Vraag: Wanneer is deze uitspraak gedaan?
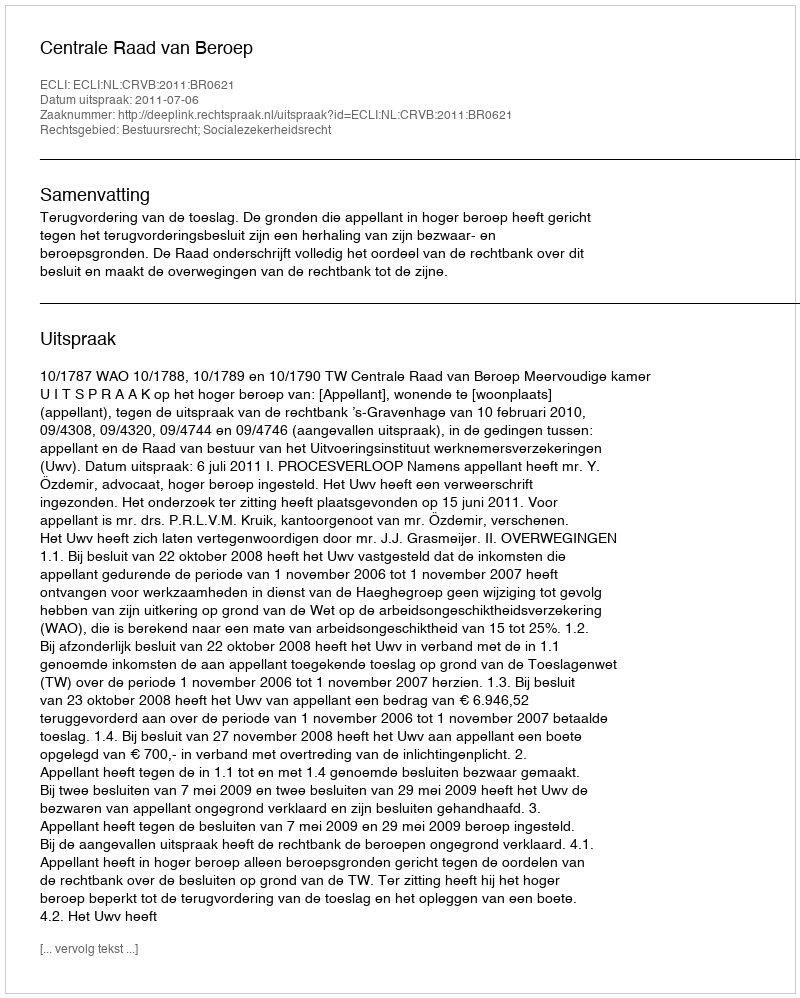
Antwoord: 2011-07-06